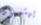
يهتمون